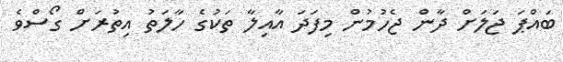
ބައްޕަ ޖަލަށް ދާން ޖެހުމުން މިފަދަ އާއިލާ ތަކުގެ ހާލަތު އިތުރަށް ގޯސްވެ